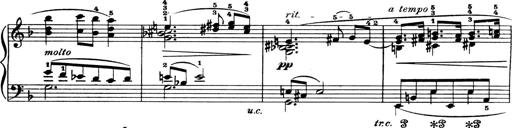
Title: 4 Sonatines
Composer: Max Reger